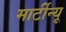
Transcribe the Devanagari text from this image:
मार्टीन्यू